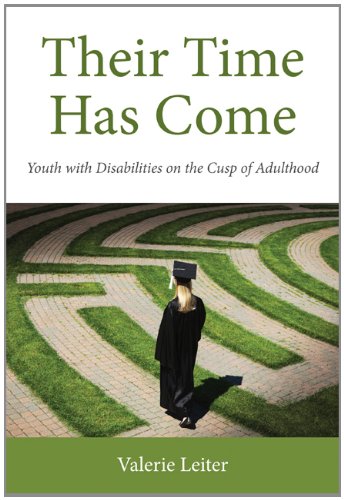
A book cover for Their Time Has Come: Youth with Disabilities on the Cusp of Adulthood (Series in Childhood Studies); Valerie Leiter; Law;